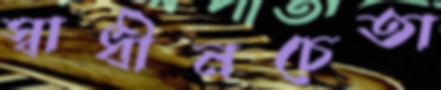
স্বাধীনচেতা